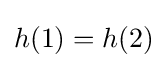
h(1)=h(2)